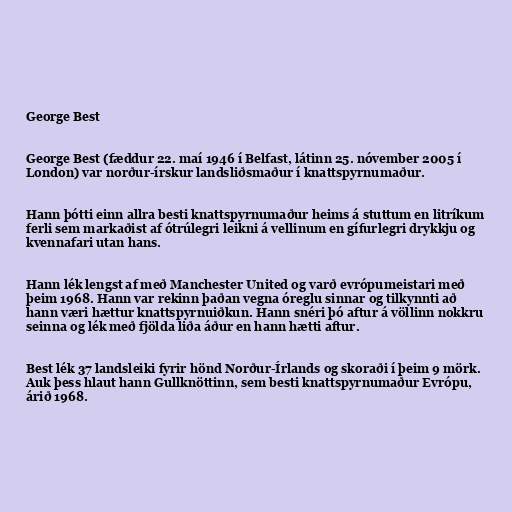
George Best

George Best (fæddur 22. maí 1946 í Belfast, látinn 25. nóvember 2005 í
London) var norður-írskur landsliðsmaður í knattspyrnumaður.

Hann þótti einn allra besti knattspyrnumaður heims á stuttum en litríkum
ferli sem markaðist af ótrúlegri leikni á vellinum en gífurlegri drykkju og
kvennafari utan hans.

Hann lék lengst af með Manchester United og varð evrópumeistari með
þeim 1968. Hann var rekinn þaðan vegna óreglu sinnar og tilkynnti að
hann væri hættur knattspyrnuiðkun. Hann snéri þó aftur á völlinn nokkru
seinna og lék með fjölda liða áður en hann hætti aftur.

Best lék 37 landsleiki fyrir hönd Norður-Írlands og skoraði í þeim 9 mörk.
Auk þess hlaut hann Gullknöttinn, sem besti knattspyrnumaður Evrópu,
árið 1968.